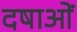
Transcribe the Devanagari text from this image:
दषाओं